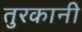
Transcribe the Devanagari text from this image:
तुरकानी